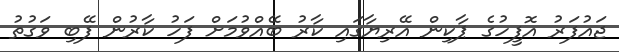
ޖައުފަރު އޮފީހުގެ ޕާކިން އޭރިޔާގައި ކާރު ބޭއްވުމަށް ފަހު ކާރުން ފޭބި ވަގުތު